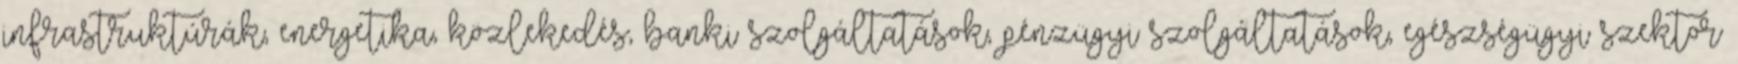
infrastruktúrák, energetika, közlekedés, banki szolgáltatások, pénzügyi szolgáltatások, egészségügyi szektor